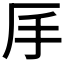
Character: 𠨾